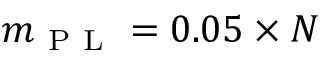
m _ { \mathrm { ~ P ~ L ~ } } = 0 . 0 5 \times N